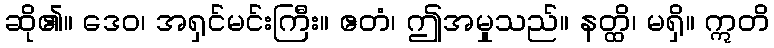
ဆို၏။ ဒေဝ၊ အရှင်မင်းကြီး။ ဧတံ၊ ဤအမှုသည်။ နတ္ထိ၊ မရှိ။ ဣတိ